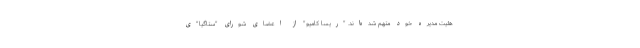
هئیت مدیره خود متهم شده‌اند. "ریسا کامیو" از اعضای شورای "ستاگیا"ی